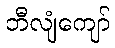
ဘီလျံကျော်